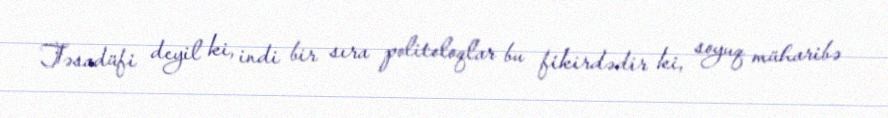
Təsadüfi deyil ki, indi bir sıra politoloqlar bu fikirdədir ki, soyuq müharibə